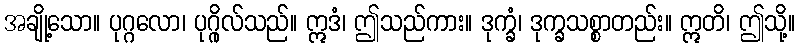
အချို့သော။ ပုဂ္ဂလော၊ ပုဂ္ဂိုလ်သည်။ ဣဒံ၊ ဤသည်ကား။ ဒုက္ခံ၊ ဒုက္ခသစ္စာတည်း။ ဣတိ၊ ဤသို့။